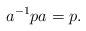
LaTeX: \begin{align*}a^{-1} p a = p.\end{align*}